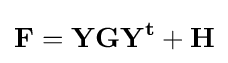
\mathbf {F=YGY^{t}+H}